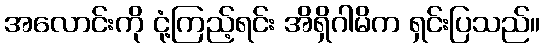
အလောင်းကို ငုံ့ကြည့်ရင်း အိရှိဂါမိက ရှင်းပြသည်။